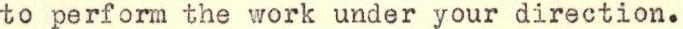
to perform the work under your direction.